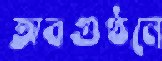
অবগুণ্ঠনে